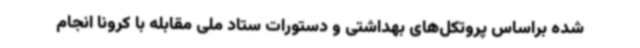
شده براساس پروتکل‌های بهداشتی و دستورات ستاد ملی مقابله با کرونا انجام